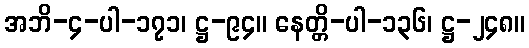
အဘိ-၄-ပါ-၁၇၁၊ ဋ္ဌ-၉၄။ နေတ္တိ-ပါ-၁၃၆၊ ဋ္ဌ-၂၄၈။